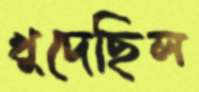
খুদেছিল